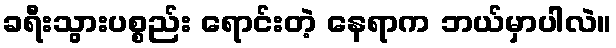
ခရီးသွားပစ္စည်း ရောင်းတဲ့ နေရာက ဘယ်မှာပါလဲ။